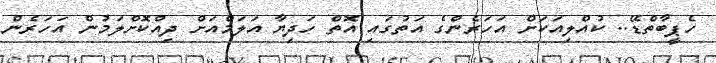
ހެޕީބާތްޑޭ.. ކުއްލިއަކަށް އަހަރެންގެ އަތުގައި އޮތް ހަދިޔާ އަލަމްއަށް ދިއްކޮށްލަމުން އަހަރެން